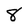
Character: 8